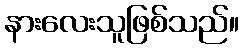
နားလေးသူဖြစ်သည်။